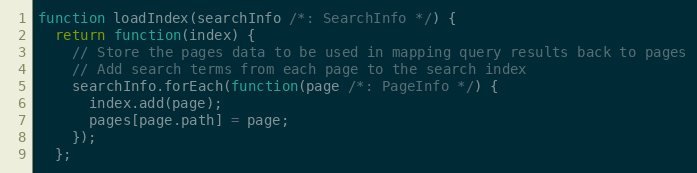
Language: JavaScript
function loadIndex(searchInfo /*: SearchInfo */) {
  return function(index) {
    // Store the pages data to be used in mapping query results back to pages
    // Add search terms from each page to the search index
    searchInfo.forEach(function(page /*: PageInfo */) {
      index.add(page);
      pages[page.path] = page;
    });
  };